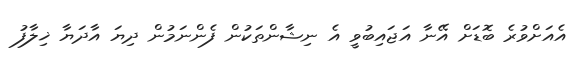
އެއަށްވުރެ ބޮޑަށް އޭނާ އަޖައިބުވީ އެ ނިޝާންތަކުން ފެންނަމުން ދިޔަ އާދަޔާ ޚިލާފު